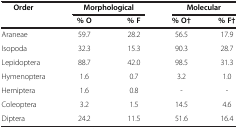
<table><thead><tr><td><b>Order</b></td><td colspan="2"><b>Morphological</b></td><td colspan="2"><b>Molecular</b></td></tr><tr><td><b> </b></td><td><b>% O</b></td><td><b>% F</b></td><td><b>% O†</b></td><td><b>% F†</b></td></tr></thead><tbody><tr><td>Araneae</td><td>59.7</td><td>28.2</td><td>56.5</td><td>17.9</td></tr><tr><td>Isopoda</td><td>32.3</td><td>15.3</td><td>90.3</td><td>28.7</td></tr><tr><td>Lepidoptera</td><td>88.7</td><td>42.0</td><td>98.5</td><td>31.3</td></tr><tr><td>Hymenoptera</td><td>1.6</td><td>0.7</td><td>3.2</td><td>1.0</td></tr><tr><td>Hemiptera</td><td>1.6</td><td>0.8</td><td>-</td><td>-</td></tr><tr><td>Coleoptera</td><td>3.2</td><td>1.5</td><td>14.5</td><td>4.6</td></tr><tr><td>Diptera</td><td>24.2</td><td>11.5</td><td>51.6</td><td>16.4</td></tr></tbody></table>